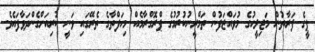
ޕީގެ ފަރާތުން މަޖިލީހުގެ މުވައްޒަފުން ތަމްރީނުކުރުމުގެ ޕްރޮގްރާމެއް މިހަފްތާގެ ތެރޭގައި ވަނީ ކުރިއަށްގެންދަވާފައެވެ.